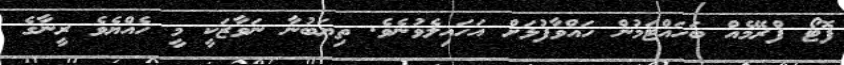
ފޮޓޯ ފްރޭމެއް ބަހައްޓަމުން ހައްވާފުޅަށް އަހައިލެވުނެވެ. ތިޔަބުނާ ނަވާޒަކީ މީ ހެއްޔެވެ ރީނާގެ